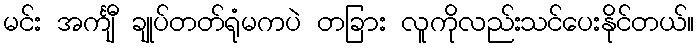
မင်း အင်္ကျီ ချုပ်တတ်ရုံမကပဲ တခြား လူကိုလည်းသင်ပေးနိုင်တယ်။